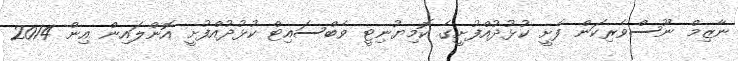
ނާޒިމް ނޫސްވެރިކަން ފެށީ ކުޅުދުއްފުށީގެ ކޮމިޔުނިޓީ ވެބްސައިޓް ކުޅުދުއްފުށީ އޮންލައިން އިން 2014